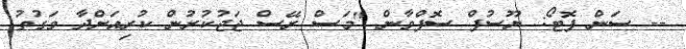
-- ސަން ފޮޓޯ: ޔޫސުފް ސޮފްވާން "މަސް ރޭސް ޖަޖުކުރުން ކުރިއަށްދާ ވަގުތު